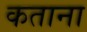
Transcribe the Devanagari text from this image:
कताना